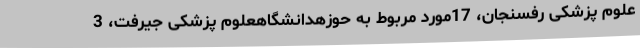
علوم پزشکی رفسنجان، 17مورد مربوط به حوزهدانشگاهعلوم پزشکی جیرفت، 3